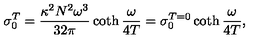
\sigma _ { 0 } ^ { T } = \frac { \kappa ^ { 2 } N ^ { 2 } \omega ^ { 3 } } { 3 2 \pi } \coth { \frac { \omega } { 4 T } } = \sigma _ { 0 } ^ { T = 0 } \coth { \frac { \omega } { 4 T } } ,